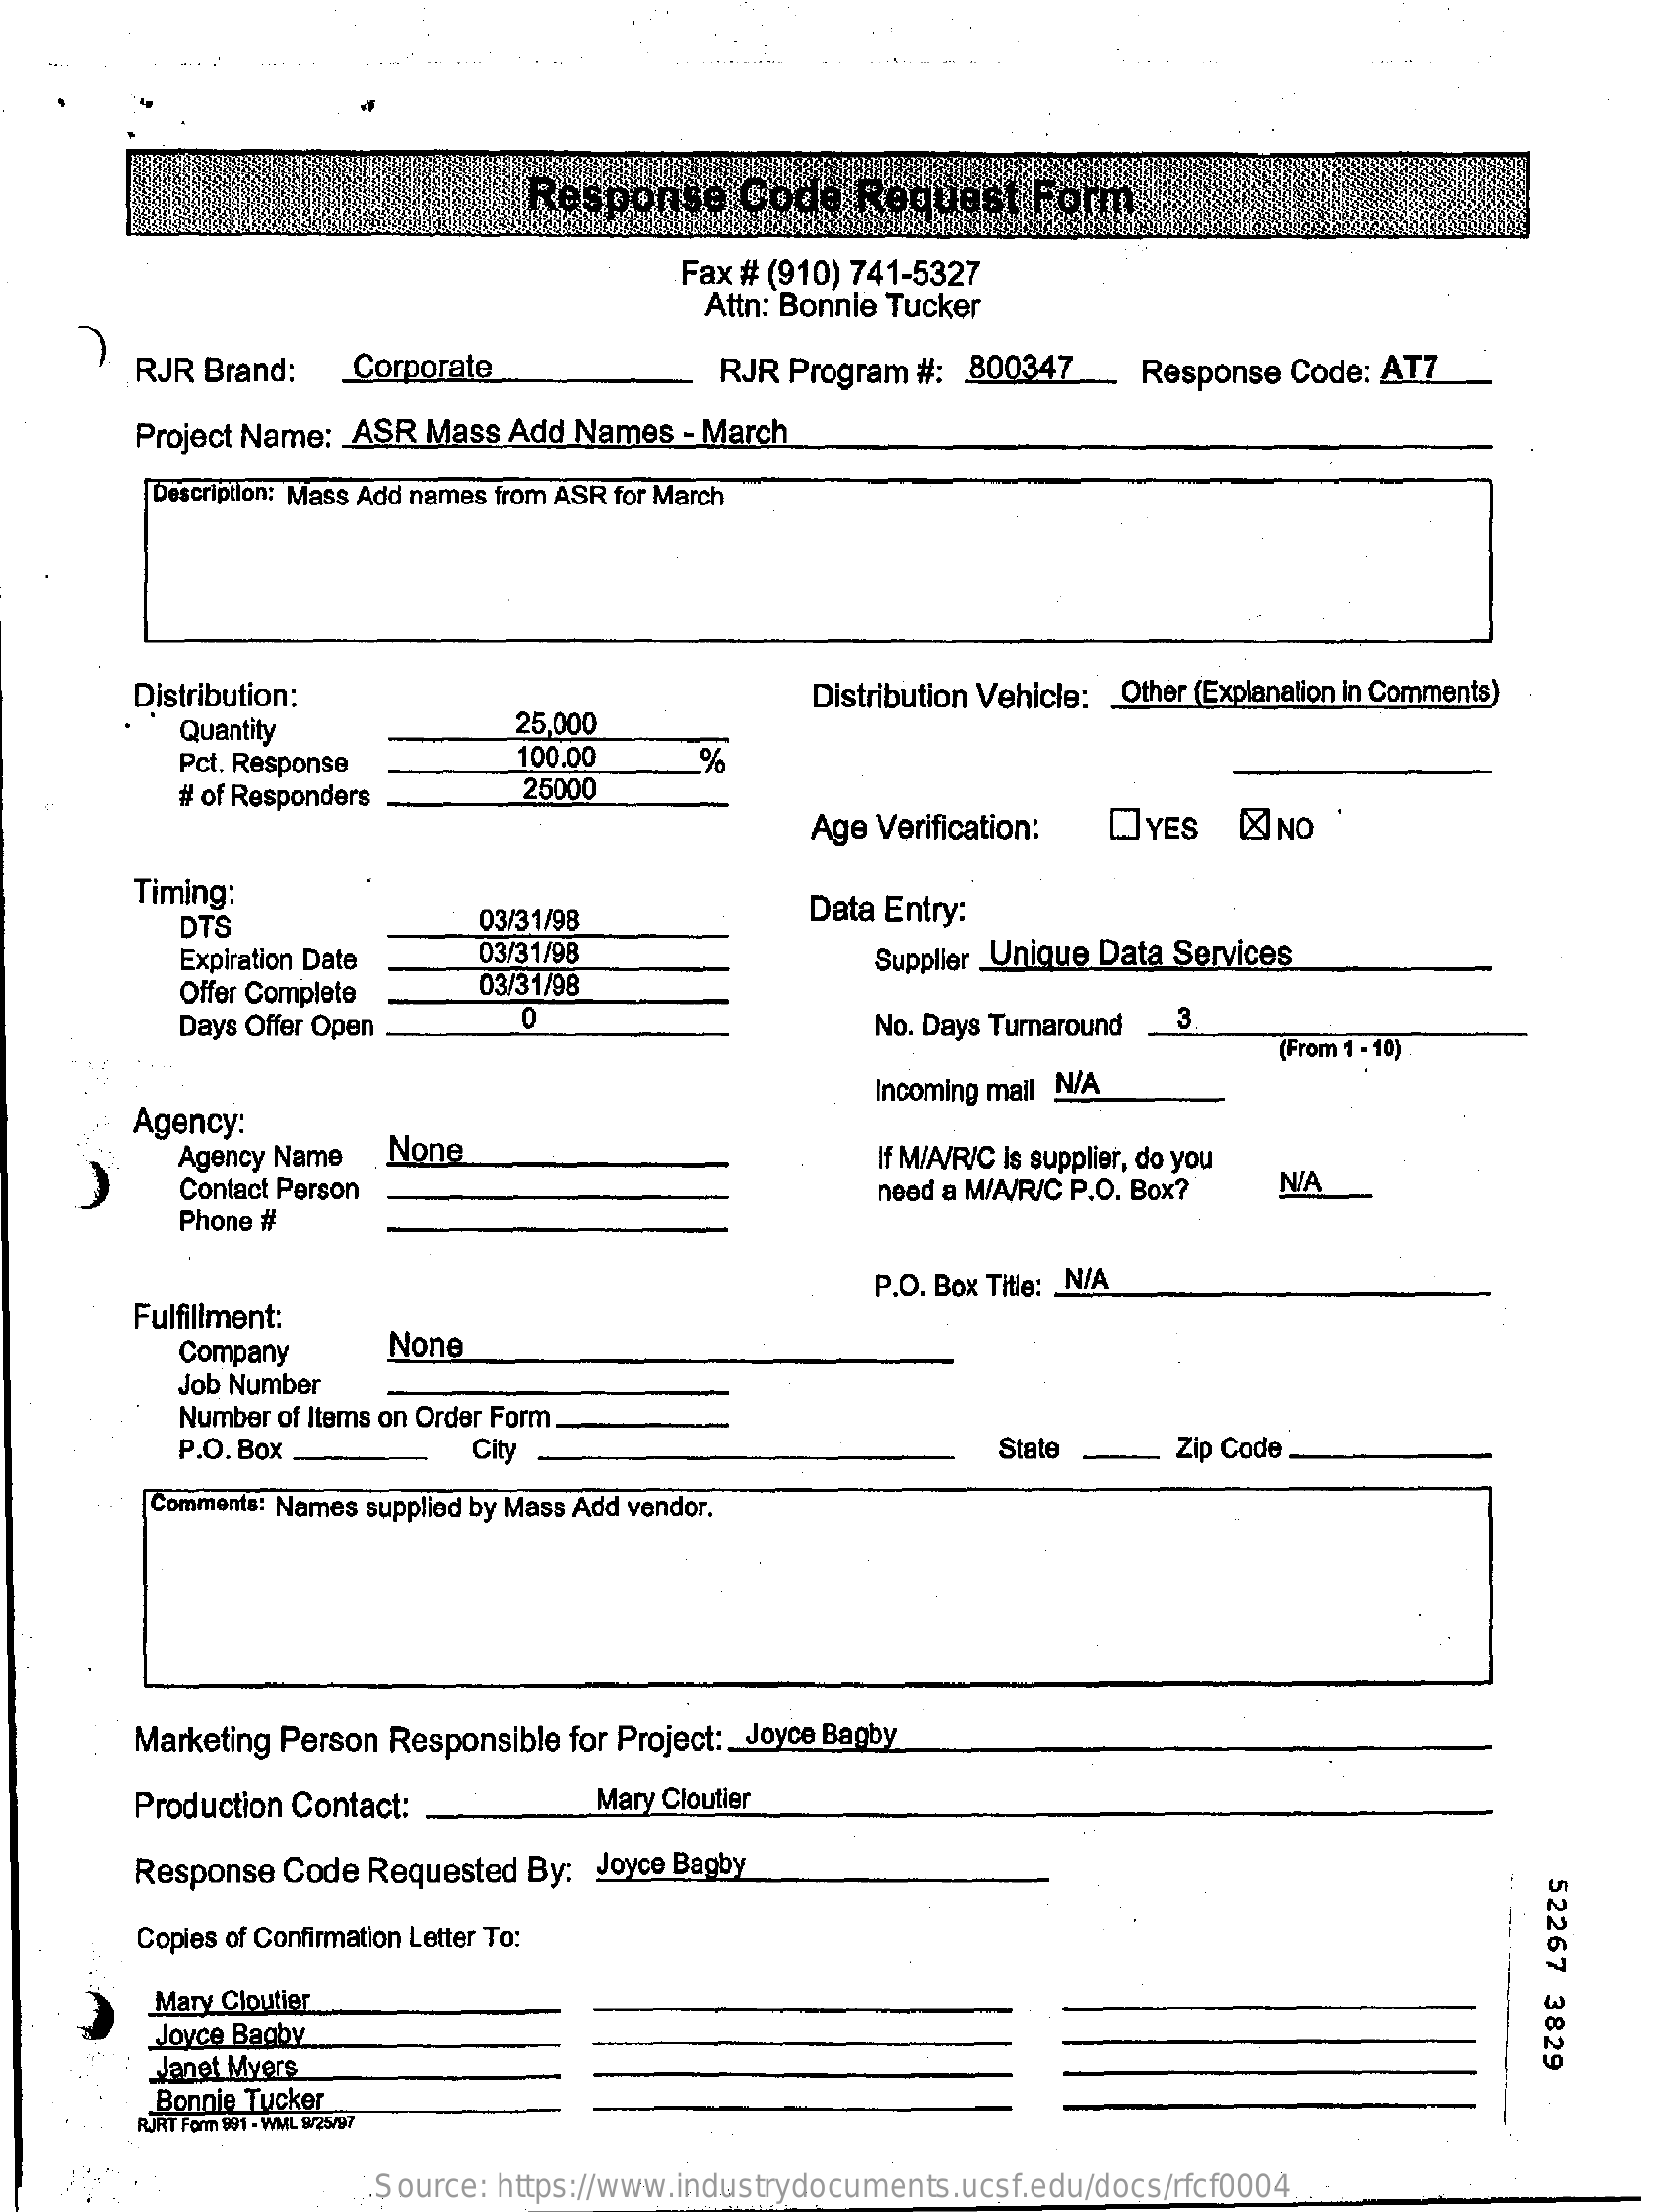
Response  Code Request
     Fax # (910) 741-5327
     Attn: Bonnie Tucker
     RJR Brand: Corporate    RJR Program #: 800347_ Response Code: AT7
     Project Name: ASR Mass Add Names - March
     Description: Mass Add names from ASR for March
     Distribution:    Distribution Vehicle: _ Other (Explanation in Comments)
     Quantity    25,000
     Pct. Response   100.00  %
     # of Responders 25000
     Age Verification: OYES & NO
     Timing:
     DTS    03/31/98    Data Entry:
     Expiration Date 03/31/98    Supplier Unique Data Services
     Offer Complete 03/31/98
     Days Offer Open 0    No. Days Turnaround _3
     (From 1 - 10)
     Agency:
     Incoming mail N/A
     Agency Name None    If M/A/R/C Is supplier, do you
     Contact Person    need a M/A/R/C P.O. Box? N/A
     Phone #
     Fulfillment:
     P.O. Box Title: _ N/A
     Company  None
     Job Number
     Number of Items on Order Form.
     P.O. Box.    City    State  Zip Code
     Comments: Names supplied by Mass Add vendor.
     Marketing Person Responsible for Project: _ Joyce Bagby
     Production Contact:  Mary Cloutier
     Response Code Requested By: Joyce Bagby
     52267
     3829
     Copies of Confirmation Letter To:
     Mary Cloutier
     Joyce Bagby
     Janet Myers
     Bonnie Tucker
     RJRT Form 991 - WML 9/25/97
     Source: https://www.industrydocuments.ucsf.edu/docs/rfcf0004